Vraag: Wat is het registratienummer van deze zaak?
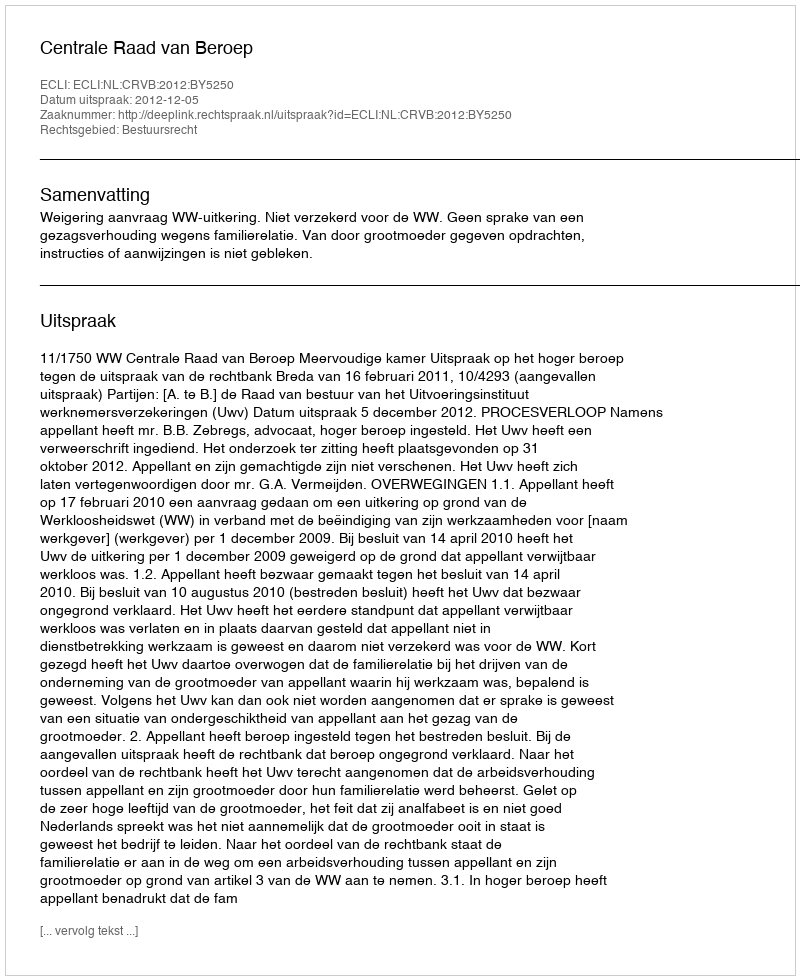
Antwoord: http://deeplink.rechtspraak.nl/uitspraak?id=ECLI:NL:CRVB:2012:BY5250